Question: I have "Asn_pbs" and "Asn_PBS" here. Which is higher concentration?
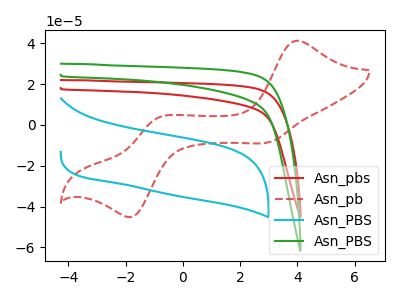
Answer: <think>The red curve "Asn_pbs" has no peaks. The red dashed curve "Asn_pb" has anodic peaks at (3.95V, 41.20uA) (-0.90V, 3.40uA) and cathodic peaks at (3.05V, -8.35uA) (-1.75V, -44.75uA). The cyan curve "Asn_PBS" has no peaks. The green curve "Asn_PBS" has no peaks.
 Neither "Asn_pbs" or "Asn_PBS" have any peaks.</think>
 <answer>I cant tell if "Asn_pbs" or "Asn_PBS" has higher concentration.</answer>
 <eval>mixed_concentration</eval>